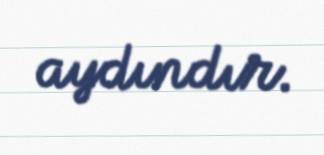
aydındır.